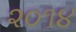
૨૦૧૪